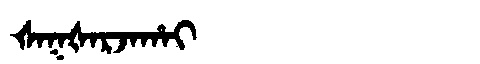
Manchu: ᡧᠠᡴᡧᠠᡵᠵᠠᡥᠠᡳ
Romanization: ŠAKŠARJAHAI